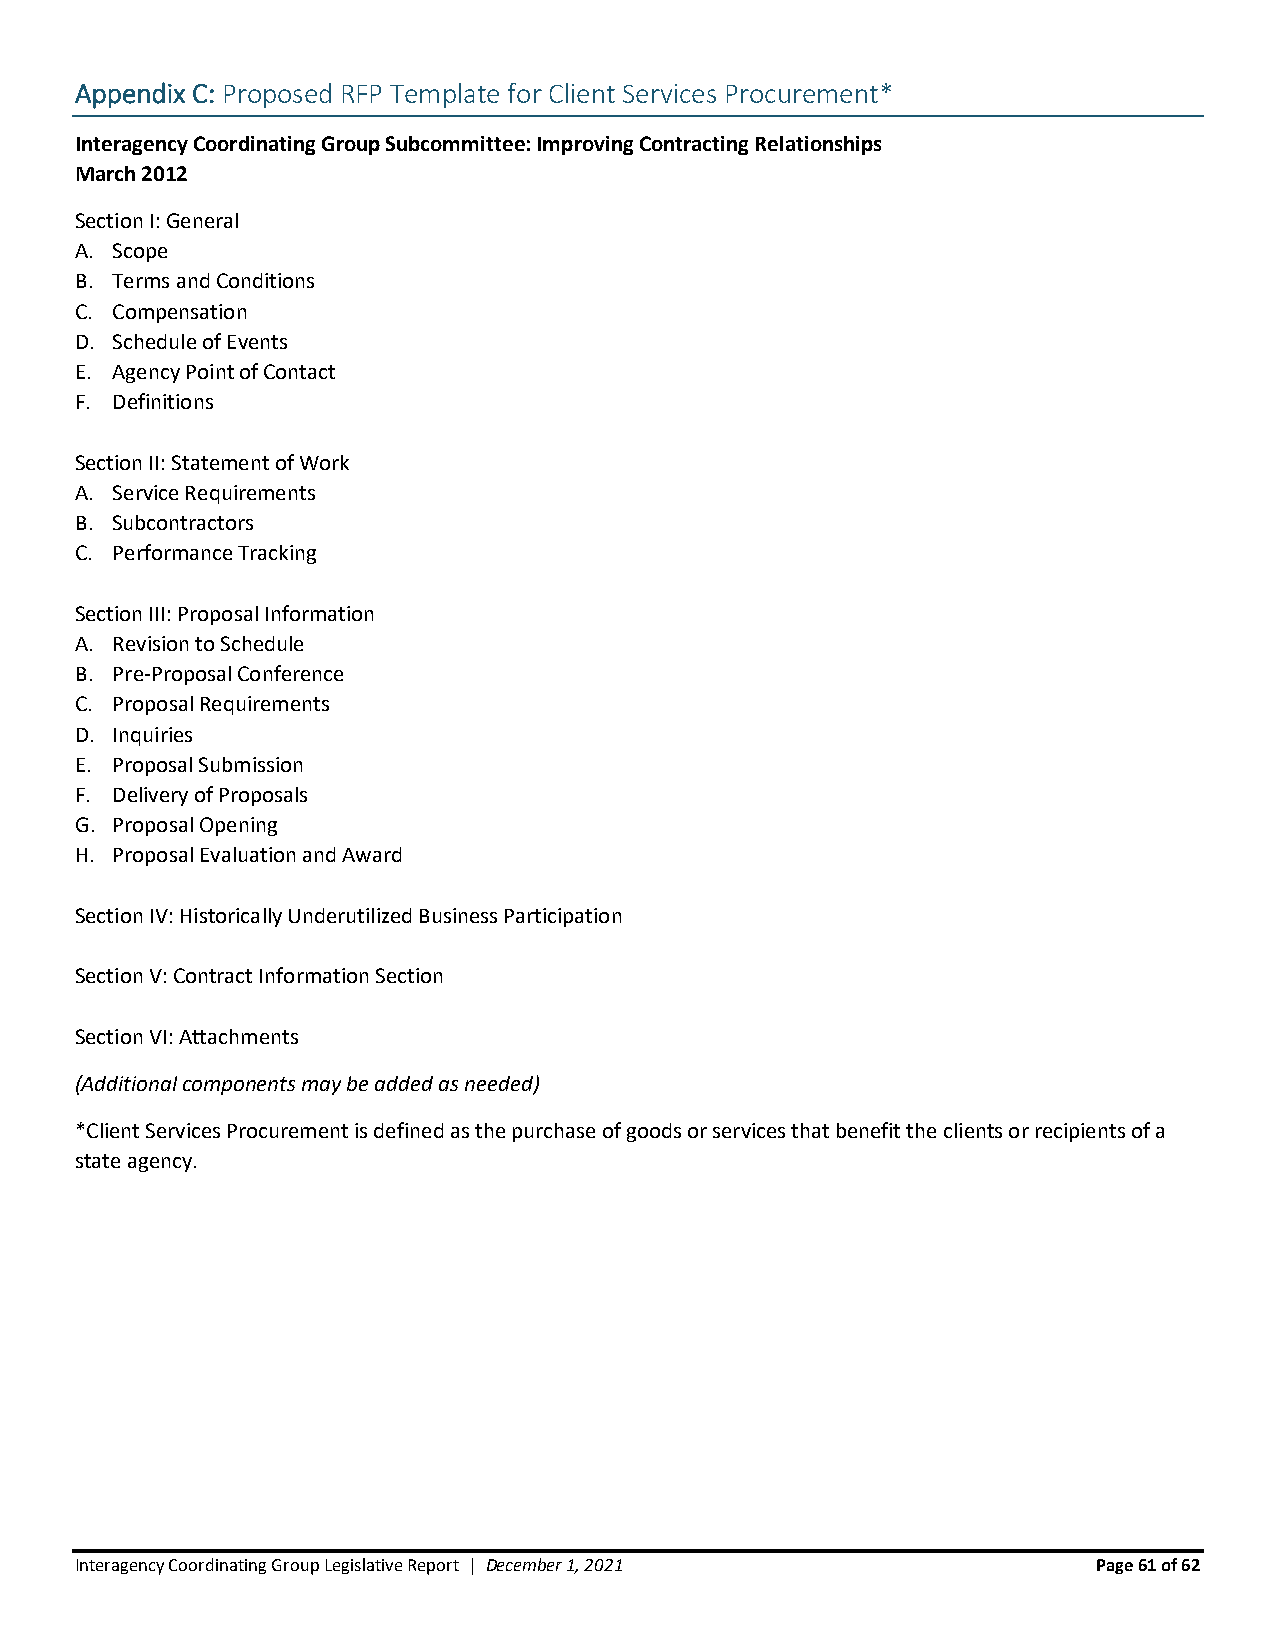
Appendix C: Proposed RFP Template for Client Services Procurement*
 Interagency Coordinating Group Subcommittee: Improving Contracting Relationships
 March 2012
 Section I: General
 A. Scope
 B. Terms and Conditions
 C. Compensation
 D. Schedule of Events
 E. Agency Point of Contact
 F. Definitions
 Section II: Statement of Work
 A. Service Requirements
 B. Subcontractors
 C. Performance Tracking
 Section III: Proposal Information
 A. Revision to Schedule
 B. Pre-Proposal Conference
 C. Proposal Requirements
 D. Inquiries
 E. Proposal Submission
 F. Delivery of Proposals
 G. Proposal Opening
 H. Proposal Evaluation and Award
 Section IV: Historically Underutilized Business Participation
 Section V: Contract Information Section
 Section VI: Attachments
 (Additional components may be added as needed)
 *Client Services Procurement is defined as the purchase of goods or services that benefit the clients or recipients of a
 state agency.
 Interagency Coordinating Group Legislative Report | December 1, 2021 Page 61 of 62